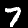
Digit: 7